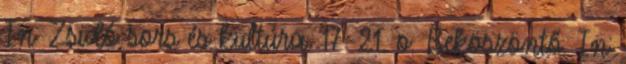
In: Zsidó sors és kultúra. 17–21. o. Beköszöntő. In: